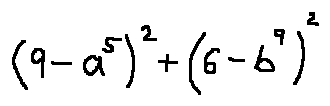
( 9 - a ^ { 5 } ) ^ { 2 } + ( 6 - b ^ { 9 } ) ^ { 2 }